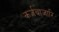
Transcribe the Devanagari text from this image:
कर्जबाजारि